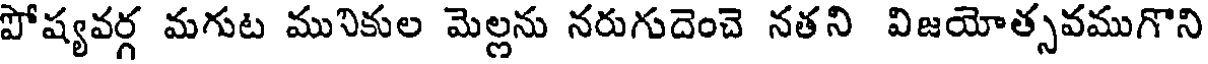
పోష్యవర్గ మగుట మునికుల మెల్లను నరుగుదెంచె నతని విజయోత్సవముగొని